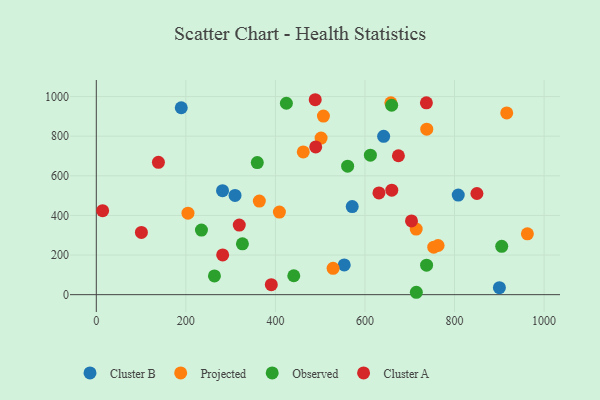
{"axis": {"x": "Experience", "y": "Rating"}, "legend": ["Cluster A", "Cluster B", "Observed", "Projected"], "data": [{"x": "571.5", "y": 444.9, "type": "Cluster B"}, {"x": "189.7", "y": 943.5, "type": "Cluster B"}, {"x": "808.3", "y": 503.0, "type": "Cluster B"}, {"x": "641.7", "y": 799.4, "type": "Cluster B"}, {"x": "309.8", "y": 501.0, "type": "Cluster B"}, {"x": "281.9", "y": 525.1, "type": "Cluster B"}, {"x": "900.2", "y": 35.5, "type": "Cluster B"}, {"x": "553.7", "y": 150.0, "type": "Cluster B"}, {"x": "962.7", "y": 307.1, "type": "Projected"}, {"x": "502.0", "y": 790.4, "type": "Projected"}, {"x": "753.6", "y": 240.0, "type": "Projected"}, {"x": "204.7", "y": 411.5, "type": "Projected"}, {"x": "916.6", "y": 917.6, "type": "Projected"}, {"x": "528.8", "y": 133.1, "type": "Projected"}, {"x": "408.9", "y": 417.0, "type": "Projected"}, {"x": "657.8", "y": 968.4, "type": "Projected"}, {"x": "462.2", "y": 720.6, "type": "Projected"}, {"x": "738.0", "y": 835.5, "type": "Projected"}, {"x": "714.4", "y": 331.3, "type": "Projected"}, {"x": "364.1", "y": 472.6, "type": "Projected"}, {"x": "507.2", "y": 901.8, "type": "Projected"}, {"x": "763.3", "y": 248.2, "type": "Projected"}, {"x": "714.7", "y": 12.1, "type": "Observed"}, {"x": "737.6", "y": 149.0, "type": "Observed"}, {"x": "424.5", "y": 966.4, "type": "Observed"}, {"x": "263.8", "y": 94.5, "type": "Observed"}, {"x": "612.1", "y": 704.3, "type": "Observed"}, {"x": "234.8", "y": 326.0, "type": "Observed"}, {"x": "905.4", "y": 244.0, "type": "Observed"}, {"x": "441.0", "y": 95.5, "type": "Observed"}, {"x": "561.3", "y": 648.7, "type": "Observed"}, {"x": "326.3", "y": 256.6, "type": "Observed"}, {"x": "359.5", "y": 666.8, "type": "Observed"}, {"x": "659.6", "y": 956.3, "type": "Observed"}, {"x": "659.9", "y": 527.3, "type": "Cluster A"}, {"x": "850.0", "y": 510.8, "type": "Cluster A"}, {"x": "138.7", "y": 667.9, "type": "Cluster A"}, {"x": "14.1", "y": 424.1, "type": "Cluster A"}, {"x": "490.0", "y": 745.7, "type": "Cluster A"}, {"x": "631.2", "y": 513.7, "type": "Cluster A"}, {"x": "390.8", "y": 50.6, "type": "Cluster A"}, {"x": "488.9", "y": 984.1, "type": "Cluster A"}, {"x": "703.9", "y": 372.2, "type": "Cluster A"}, {"x": "100.7", "y": 314.4, "type": "Cluster A"}, {"x": "282.2", "y": 200.6, "type": "Cluster A"}, {"x": "319.3", "y": 351.3, "type": "Cluster A"}, {"x": "737.2", "y": 968.2, "type": "Cluster A"}, {"x": "674.7", "y": 701.3, "type": "Cluster A"}]}